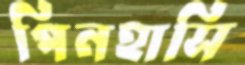
পিনহাসি